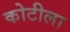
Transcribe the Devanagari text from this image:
कोटीला